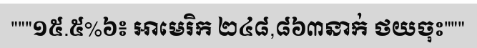
"""១៥.៥%៦៖ អាមេរិក ២៤៨,៨៦៣នាក់ ថយចុះ"""